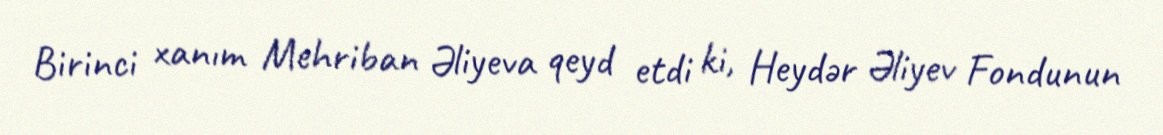
Birinci xanım Mehriban Əliyeva qeyd etdi ki, Heydər Əliyev Fondunun